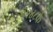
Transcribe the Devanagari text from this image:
१९४८के